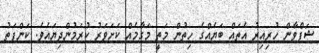
ޝަފްވާން ހުރިއިރު އެތައް ބަޔެއްގެ ހިތުން މަތީ މަގާމެއް ކަށަވަރު ކުރަމުންދިޔައެވެ. ކަންފަތު